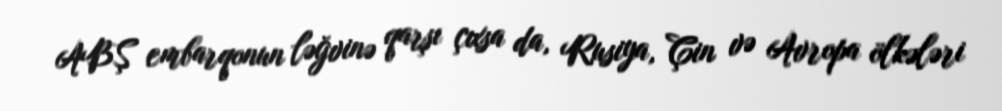
ABŞ embarqonun ləğvinə qarşı çıxsa da, Rusiya, Çin və Avropa ölkələri